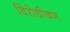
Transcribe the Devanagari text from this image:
विरोधीकण